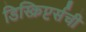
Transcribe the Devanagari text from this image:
डिस्क्रिप्टर्सची